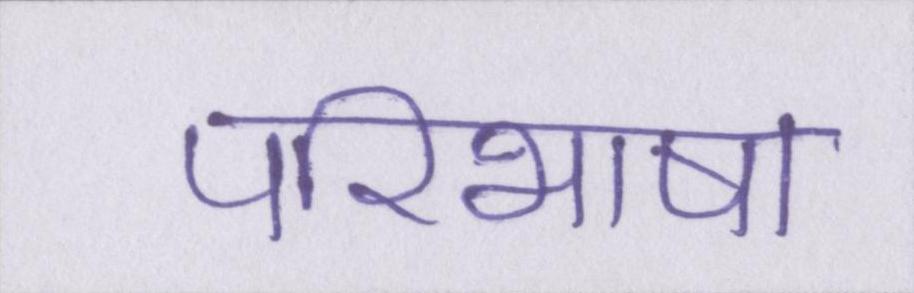
परिभाषा